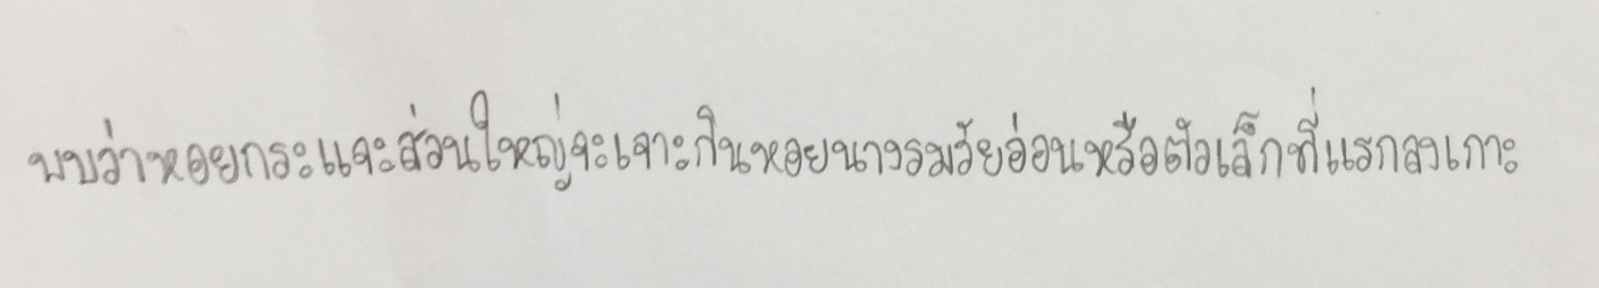
พบว่าหอยกระแจะส่วนใหญ่จะเจาะกินหอยนางรมวัยอ่อนหรือตัวเล็กที่แรกลงเกาะ